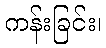
ကန်းခြင်း၊